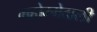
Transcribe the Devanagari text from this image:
महोम्मेदाली